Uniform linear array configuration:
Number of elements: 48
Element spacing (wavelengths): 0.75
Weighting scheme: cosine
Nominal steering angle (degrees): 45
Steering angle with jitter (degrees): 43.358
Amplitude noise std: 0.05
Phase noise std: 0.05

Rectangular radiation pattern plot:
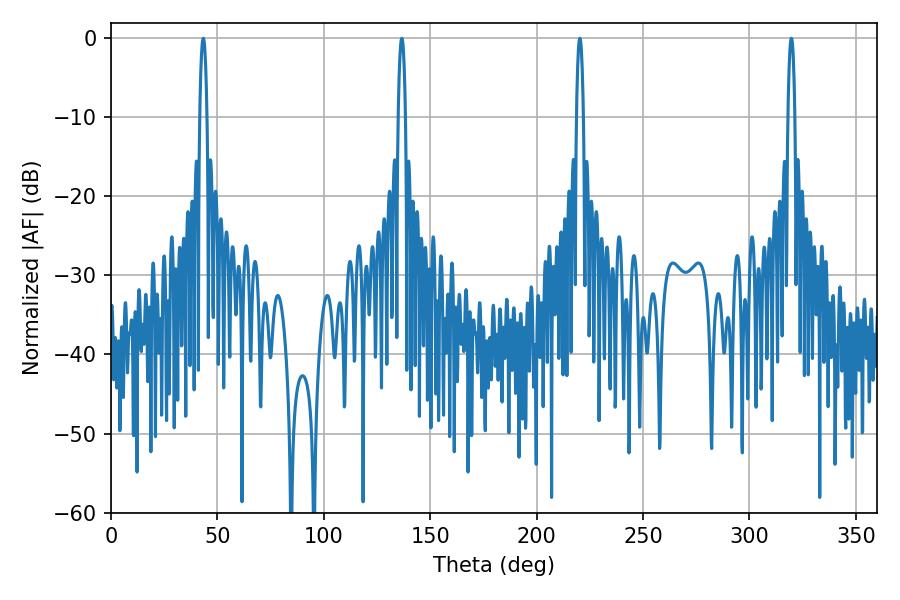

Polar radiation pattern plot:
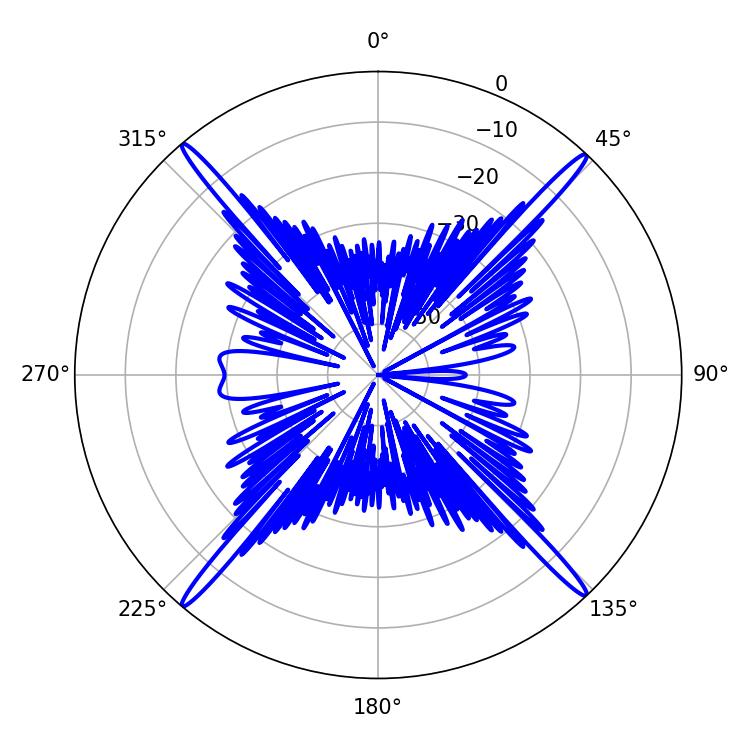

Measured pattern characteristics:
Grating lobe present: TRUE
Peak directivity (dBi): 25.99
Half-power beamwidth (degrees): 1.8
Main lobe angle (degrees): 220.32